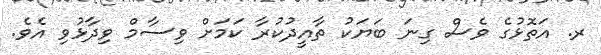
ރ. އަތޮޅުގެ ވެސް ގިނަ ބަޔަކު ތާއީދުކުރާ ކަމަށް ވިސާމް ވިދާޅުވި އެވެ.